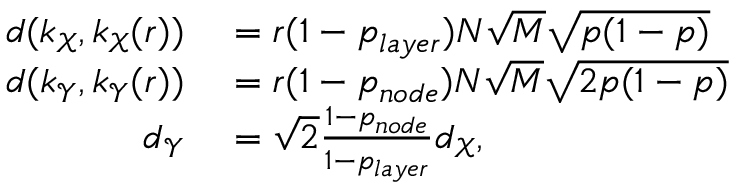
\begin{array} { r l } { d ( k _ { \mathcal { X } } , k _ { \mathcal { X } } ( r ) ) } & { { } = r ( 1 - p _ { l a y e r } ) N \sqrt { M } \sqrt { p ( 1 - p ) } } \\ { d ( k _ { \mathcal { Y } } , k _ { \mathcal { Y } } ( r ) ) } & { { } = r ( 1 - p _ { n o d e } ) N \sqrt { M } \sqrt { 2 p ( 1 - p ) } } \\ { d _ { \mathcal { Y } } } & { { } = \sqrt { 2 } \frac { 1 - p _ { n o d e } } { 1 - p _ { l a y e r } } d _ { \mathcal { X } } , } \end{array}